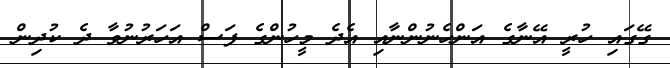
ގޭގައި ހުރީ އޭނާގެ އަންހެނުންނާއި އެދެ މީހުންގެ ފަސް އަހަރުނުވާ ދެ ކުދިން